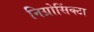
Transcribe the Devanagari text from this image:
निग्रोसिंक्टा